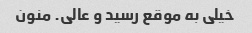
خیلی به موقع رسید و عالی. منون